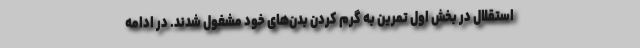
استقلال در بخش اول تمرین به گرم کردن بدن‌های خود مشغول شدند. در ادامه